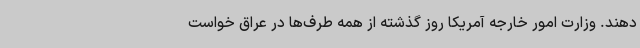
دهند. وزارت امور خارجه آمریکا روز گذشته از همه طرف‌ها در عراق خواست